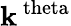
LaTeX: \mathbf{k}^{\mathrm{{\ theta}}}